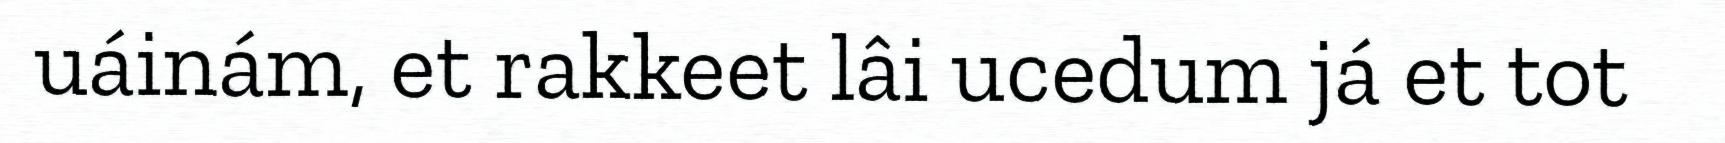
uáinám, et rakkeet lâi ucedum já et tot